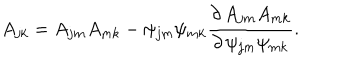
A _ { j k } = A _ { j m } A _ { m k } - \psi _ { j m } \psi _ { m k } { \frac { \partial \, A _ { j m } A _ { m k } } { \partial \, \psi _ { j m } \psi _ { m k } } } .